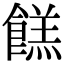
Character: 餻